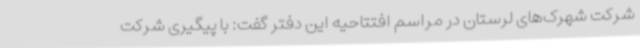
شرکت شهرک‌های لرستان در مراسم افتتاحیه این دفتر گفت: با پیگیری شرکت